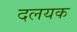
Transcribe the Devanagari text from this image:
दलयक